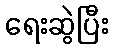
ရေးဆွဲပြီး